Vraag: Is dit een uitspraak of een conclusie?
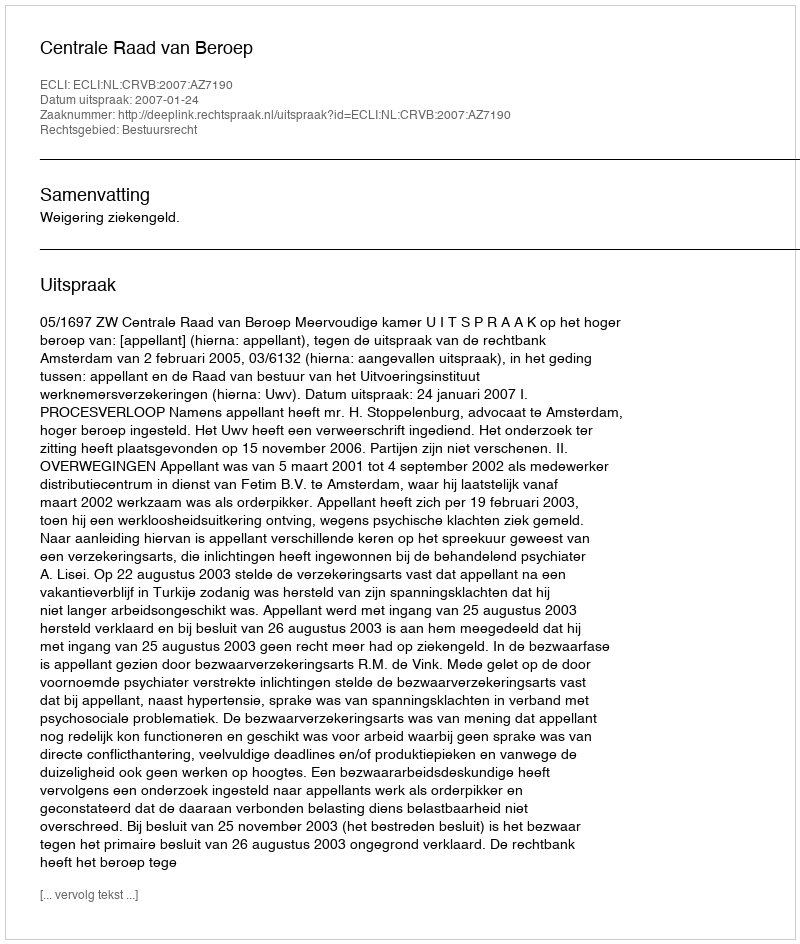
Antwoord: Uitspraak